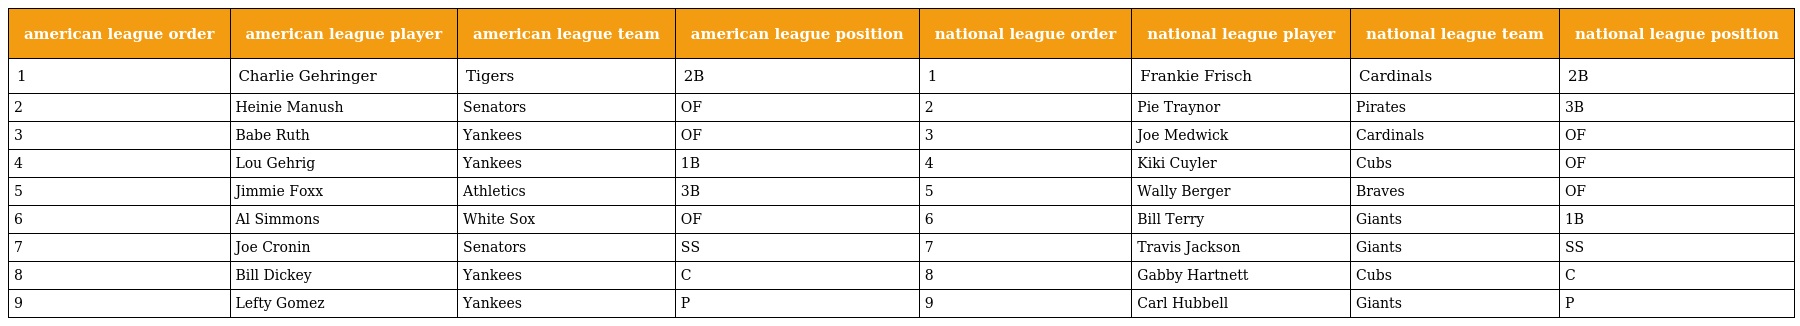
| american league order | american league player | american league team | american league position | national league order | national league player | national league team | national league position |
 | --- | --- | --- | --- | --- | --- | --- | --- |
 | 1 | Charlie Gehringer | Tigers | 2B | 1 | Frankie Frisch | Cardinals | 2B |
 | 2 | Heinie Manush | Senators | OF | 2 | Pie Traynor | Pirates | 3B |
 | 3 | Babe Ruth | Yankees | OF | 3 | Joe Medwick | Cardinals | OF |
 | 4 | Lou Gehrig | Yankees | 1B | 4 | Kiki Cuyler | Cubs | OF |
 | 5 | Jimmie Foxx | Athletics | 3B | 5 | Wally Berger | Braves | OF |
 | 6 | Al Simmons | White Sox | OF | 6 | Bill Terry | Giants | 1B |
 | 7 | Joe Cronin | Senators | SS | 7 | Travis Jackson | Giants | SS |
 | 8 | Bill Dickey | Yankees | C | 8 | Gabby Hartnett | Cubs | C |
 | 9 | Lefty Gomez | Yankees | P | 9 | Carl Hubbell | Giants | P |